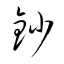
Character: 鈔